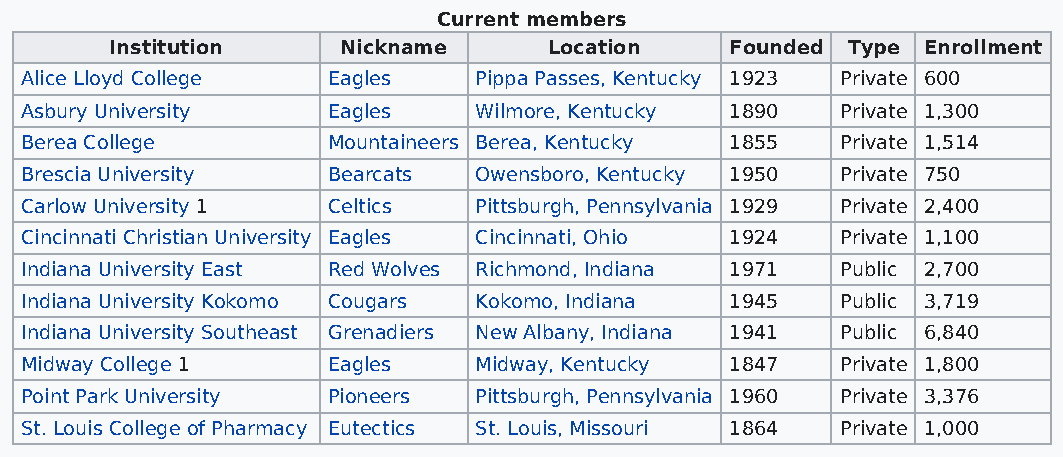
Current members
 Institution     Nickname     Location    Founded Type Enrollment
 Alice Lloyd College  Eagles   Pippa Passes, Kentucky 1923 Private 600
 Asbury University    Eagles   Wilmore, Kentucky 1890   Private 1,300
 Berea College        Mountaineers Berea, Kentucky 1855 Private 1,514
 Brescia University   Bearcats Owensboro, Kentucky 1950 Private 750
 Carlow University 1  Celtics  Pittsburgh, Pennsylvania 1929 Private 2,400
 Cincinnati Christian University Eagles Cincinnati, Ohio 1924 Private 1,100
 Indiana University East Red Wolves Richmond, Indiana 1971 Public 2,700
 Indiana University Kokomo Cougars Kokomo, Indiana 1945 Public 3,719
 Indiana University Southeast Grenadiers New Albany, Indiana 1941 Public 6,840
 Midway College 1     Eagles   Midway, Kentucky 1847    Private 1,800
 Point Park University Pioneers Pittsburgh, Pennsylvania 1960 Private 3,376
 St. Louis College of Pharmacy Eutectics St. Louis, Missouri 1864 Private 1,000